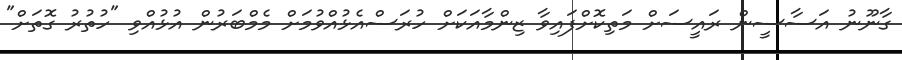
ގާނޫނު އަސާސީން ރައީސަށް މަތިކޮށްފައިވާ ޒިންމާއަކަށް ހުރަސްއެޅުއްވުމަށް މެމްބަރުން އުޅުއްވި "ހުތުރު ގޮތަށް"